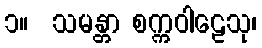
၁။  သမန္တာ စက္ကဝါဠေသု၊